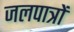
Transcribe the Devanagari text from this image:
जलपात्रों